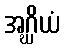
အဂ္ဃိယံ